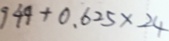
9 4 9 + 0 . 6 2 5 \times 2 4